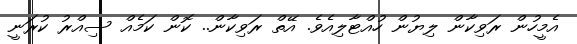
އެމީހުން ރަވިކާން ލިޔުން ހުއްޓާލިއެވެ. އޭތް ރަވިކާން.. ކޮން ކަމެއް ސިއްރު ކުރަނީ